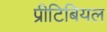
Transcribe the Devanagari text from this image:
प्रीटिबियल